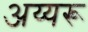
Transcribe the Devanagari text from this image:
अय्यरू